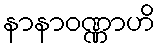
နာနာဝဏ္ဏာဟိ